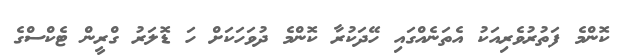
ކޮންމެ ފަތުރުވެރިއަކު އެތަނެއްގައި ހޭދަކުރާ ކޮންމެ ދުވަހަކަށް ހަ ޑޮލަރު ގްރީން ޓެކްސްގެ